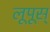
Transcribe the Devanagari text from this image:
लूपूस्